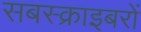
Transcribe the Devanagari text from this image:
सबस्क्राइबरों